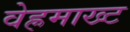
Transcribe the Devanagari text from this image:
वेह्रमाख्ट